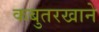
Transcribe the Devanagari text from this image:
कबुतरखाने